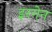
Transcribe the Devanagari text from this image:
इरगेन